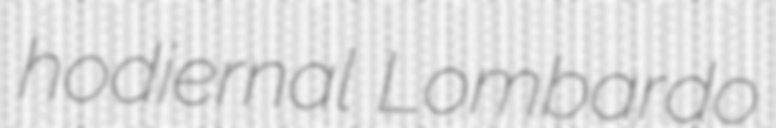
hodiernal Lombardo